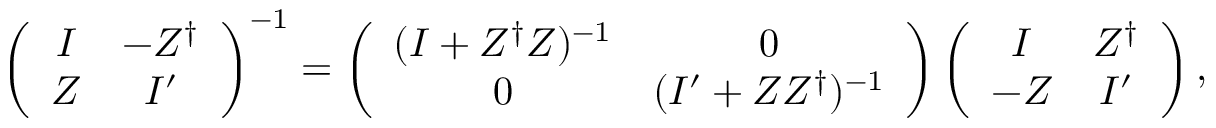
\left( \begin{array} { c c } { { I } } & { { - Z ^ { \dag } } } \\ { { Z } } & { { I ^ { \prime } } } \end{array} \right) ^ { - 1 } = \left( \begin{array} { c c } { { ( I + Z ^ { \dag } Z ) ^ { - 1 } } } & { { 0 } } \\ { { 0 } } & { { ( I ^ { \prime } + Z Z ^ { \dag } ) ^ { - 1 } } } \end{array} \right) \left( \begin{array} { c c } { { I } } & { { Z ^ { \dag } } } \\ { { - Z } } & { { I ^ { \prime } } } \end{array} \right) ,